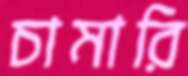
চামারি